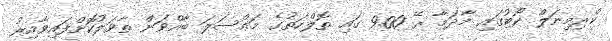
ކްރިމިނަލް ކޯޓުގައި މާދަމާ ރޭ 9.00 ގައި ތޮލްހަތުގެ މައްސަލަ ބާއްވަން ތާވަލުކޮށްފައިވާއިރު